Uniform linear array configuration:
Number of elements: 48
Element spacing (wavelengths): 0.75
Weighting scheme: hann
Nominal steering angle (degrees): -60
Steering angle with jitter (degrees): -59.176
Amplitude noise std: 0.05
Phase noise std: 0.05

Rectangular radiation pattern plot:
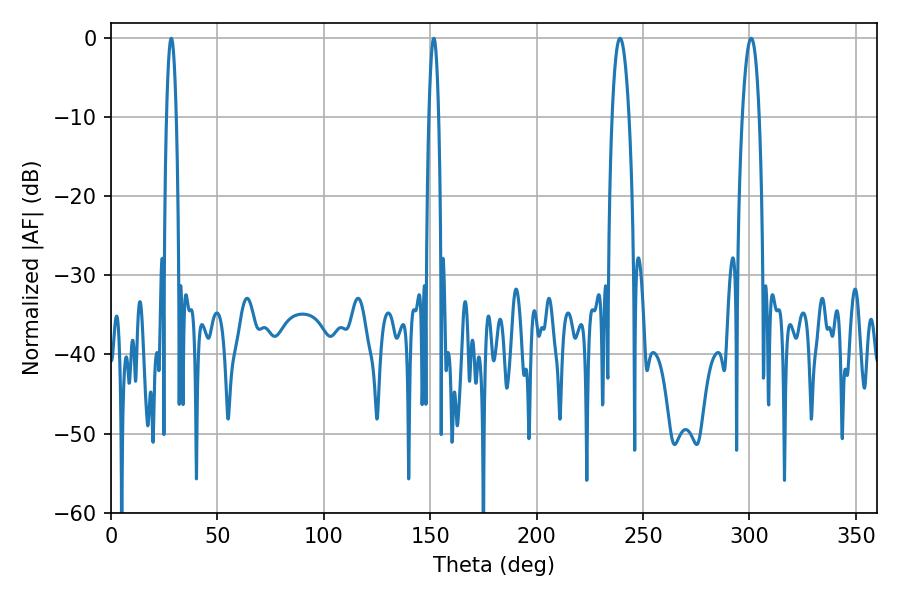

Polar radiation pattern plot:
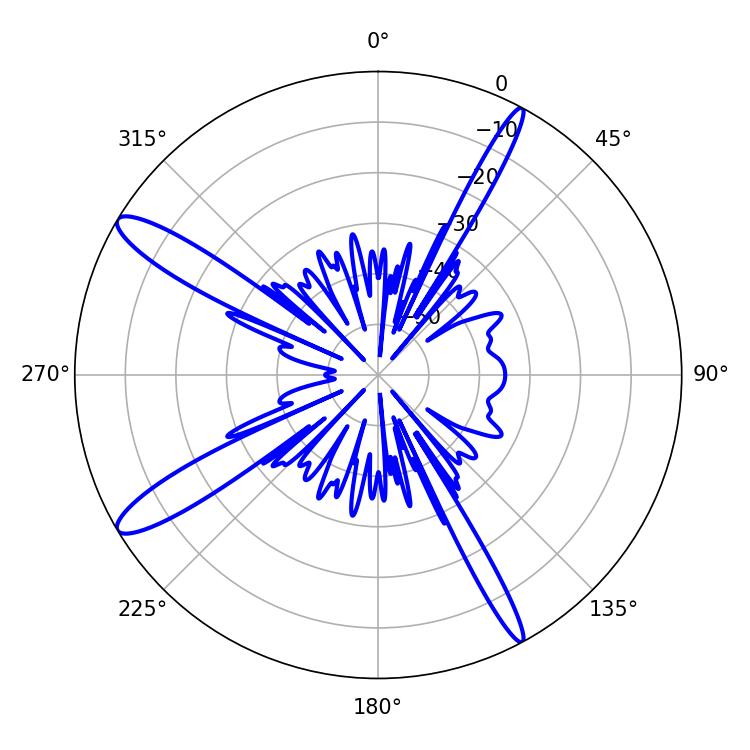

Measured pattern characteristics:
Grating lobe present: TRUE
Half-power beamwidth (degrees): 4.32
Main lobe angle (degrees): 300.78